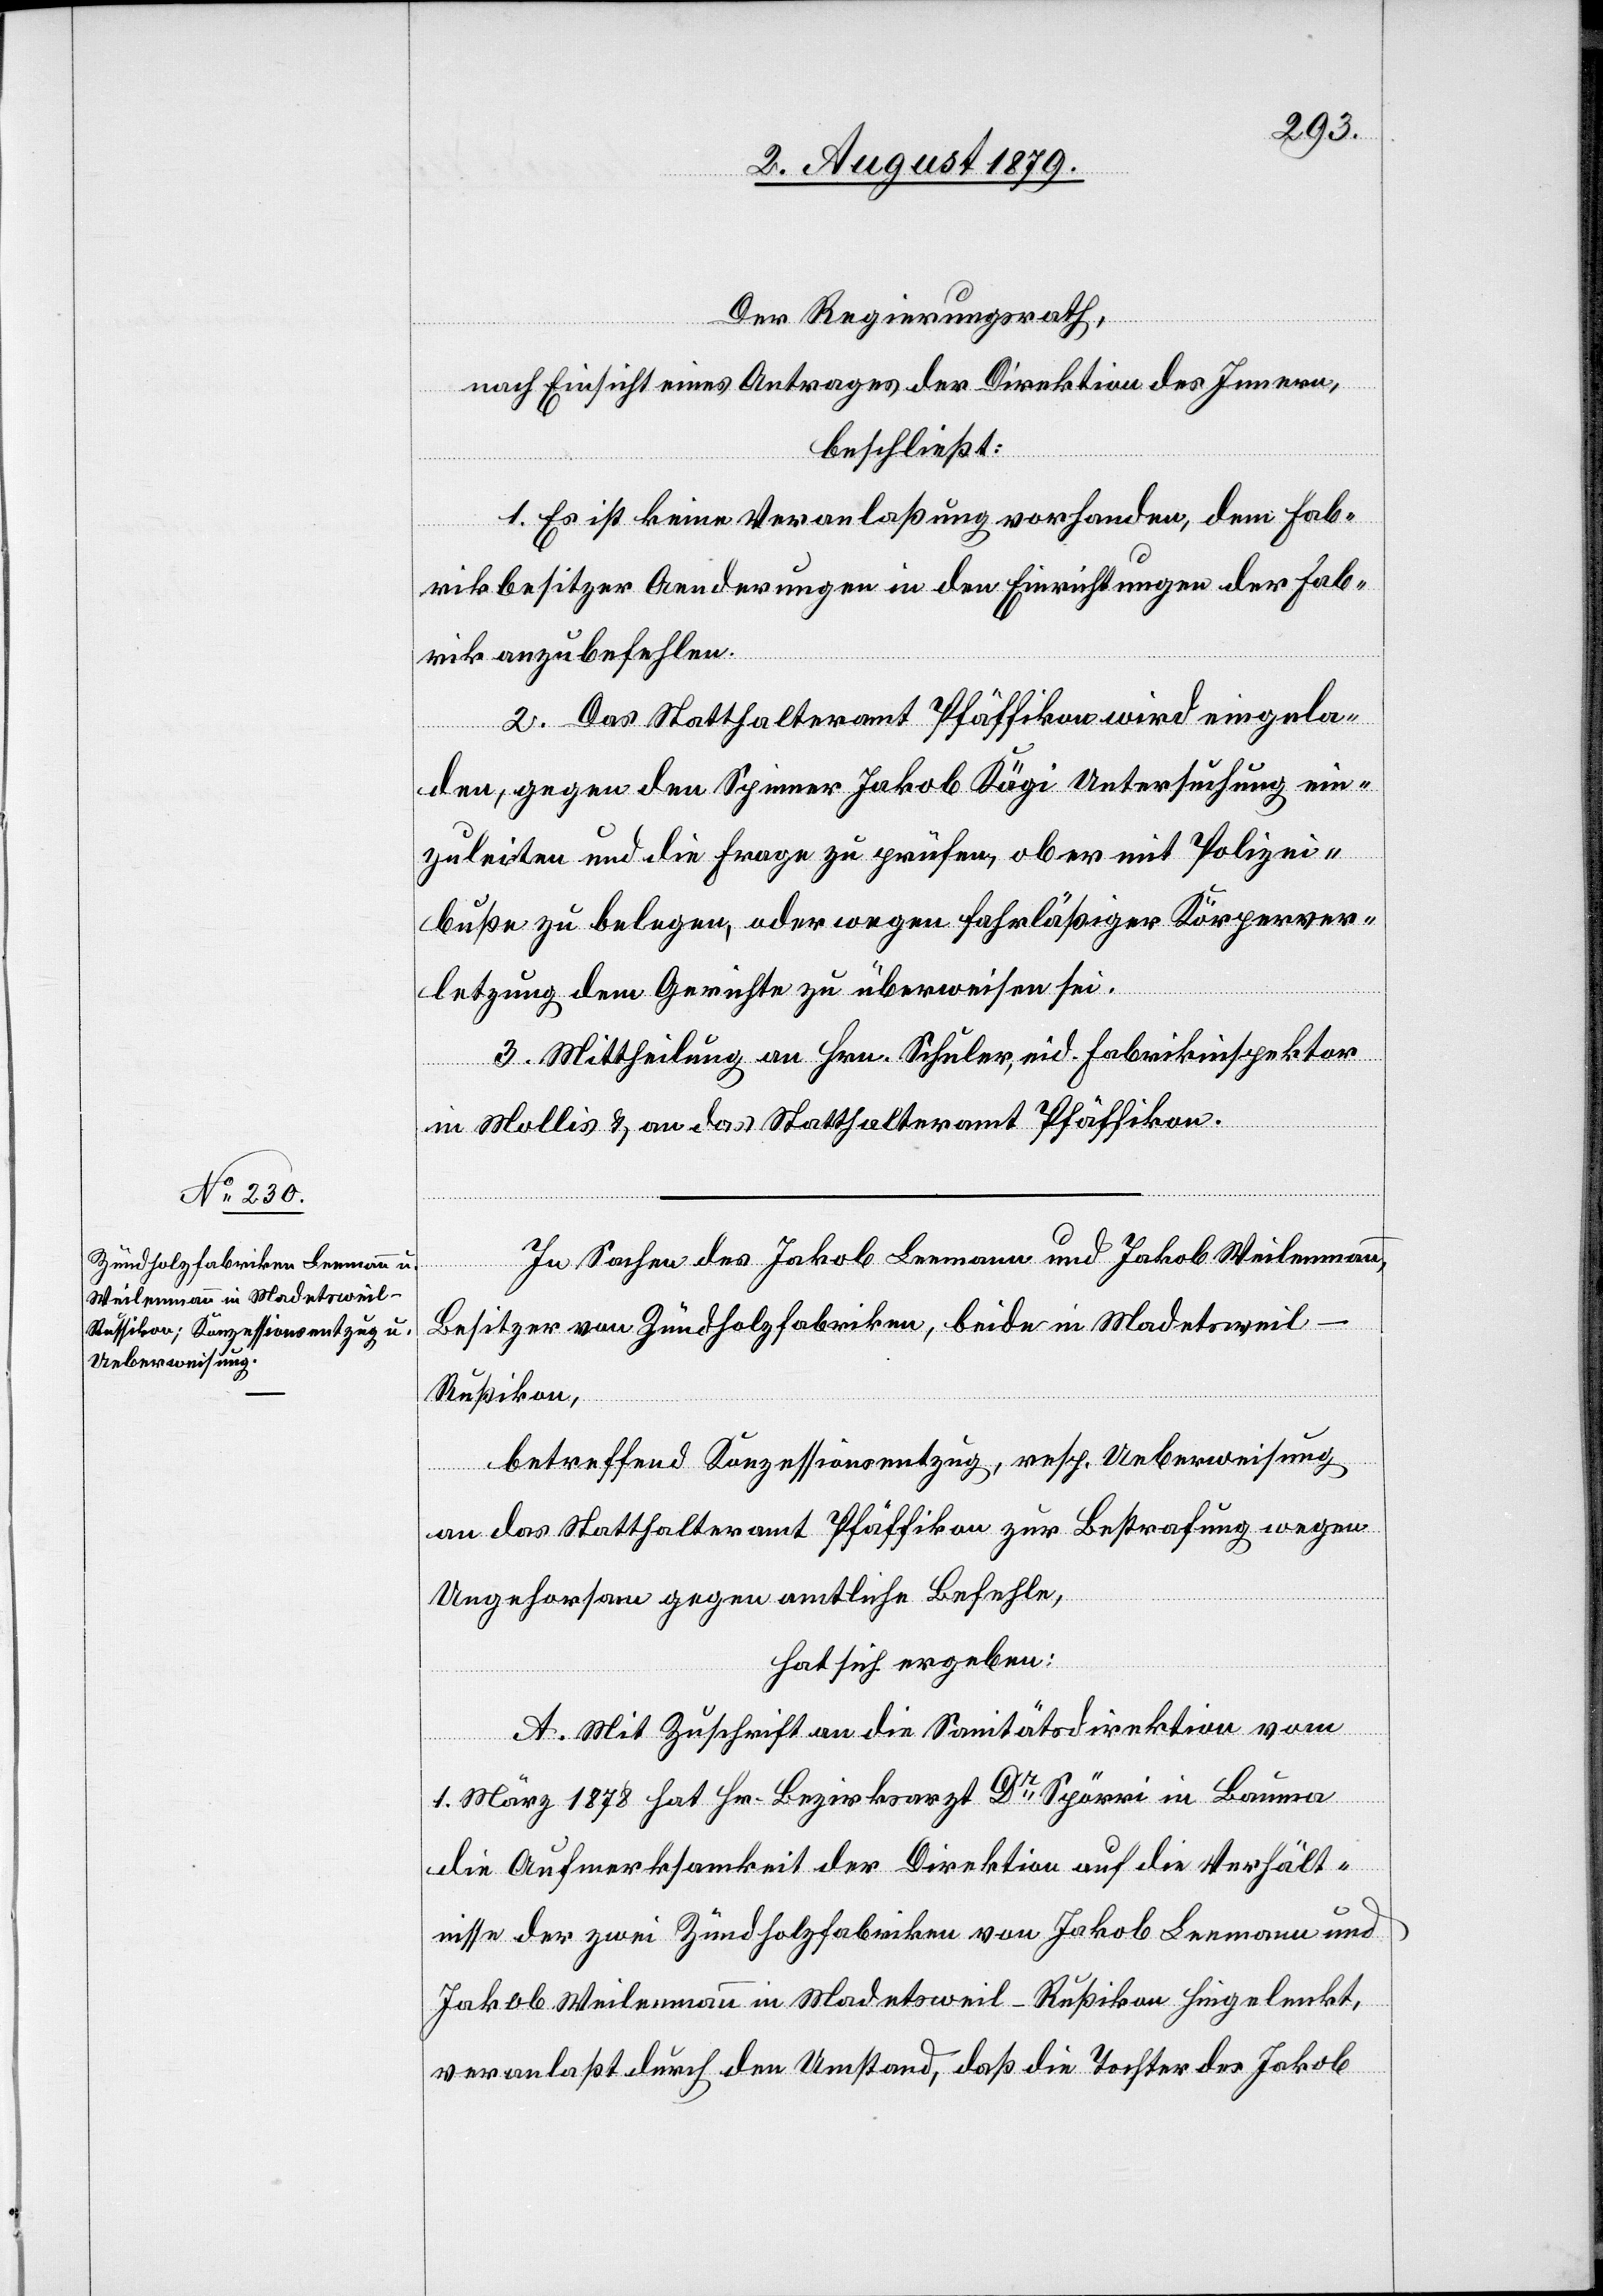
Der Regierungsrath,
nach Einsicht eines Antrages der Direktion des Innern,
beschließt:
1. Es ist keine Veranlaßung vorhanden, dem Fab¬
rikbesitzer Aenderungen in den Einrichtungen der Fab¬
rik anzubefehlen.
2. Das Statthalteramt Pfäffikon wird eingela¬
den, gegen den Spinner Jakob Kägi Untersuchung ein¬
zuleiten und die Frage zu prüfen, ob er mit Polizei¬
buße zu belegen, oder wegen fahrläßiger Körperver¬
letzung dem Gerichte zu überwiesen sei.
3. Mittheilung an Hrn. Schuler, eid. Fabrikinspektor
in Mollis & an das Statthalteramt Pfäffikon.
In Sachen des Jakob Leemann und Jakob Weilenmann,
Besitzer von Zündholzfabriken, beide in Madetsweil
Rußikon,
betreffend Konzessionsentzug, resp. Ueberweisung
an das Statthalteramt Pfäffikon zur Bestrafung wegen
Ungehorsam gegen amtliche Befehle,
hat sich ergeben:
A. Mit Zuschrift an die Sanitätsdirektion vom
1. März 1878 hat Hr. Bezirksarzt Dr Spörri in Bauma
die Aufmerksamkeit der Direktion auf die Verhält¬
nisse der zwei Zündholzfabriken von Jakob Leemann und
Jakob Weilenmann in Madetsweil - Rußikon hingelenkt,
veranlaßt durch den Umstand, daß die Tochter des Jakob